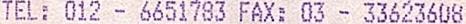
TEL: 012 - 6651783 FAX: 03 - 33623608